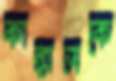
কাঙ্গালকে